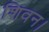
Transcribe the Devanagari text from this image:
शिवन।